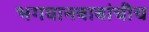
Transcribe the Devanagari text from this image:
भगवानबाबांचीच